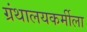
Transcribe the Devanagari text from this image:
ग्रंथालयकर्मीला